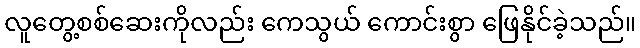
လူတွေ့စစ်ဆေးကိုလည်း ကေသွယ် ကောင်းစွာ ဖြေနိုင်ခဲ့သည်။